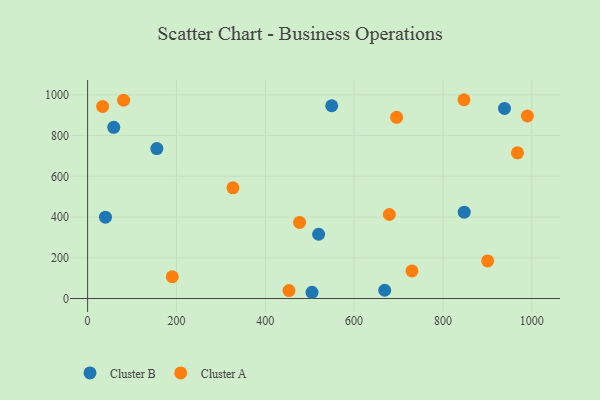
{"axis": {"x": "Study Hours", "y": "Yield"}, "legend": ["Cluster A", "Cluster B"], "data": [{"x": "40.2", "y": 399.6, "type": "Cluster B"}, {"x": "58.9", "y": 840.5, "type": "Cluster B"}, {"x": "505.2", "y": 30.7, "type": "Cluster B"}, {"x": "549.6", "y": 946.5, "type": "Cluster B"}, {"x": "155.9", "y": 736.1, "type": "Cluster B"}, {"x": "520.1", "y": 315.5, "type": "Cluster B"}, {"x": "938.6", "y": 933.4, "type": "Cluster B"}, {"x": "668.9", "y": 40.7, "type": "Cluster B"}, {"x": "847.9", "y": 424.0, "type": "Cluster B"}, {"x": "847.3", "y": 976.0, "type": "Cluster A"}, {"x": "679.4", "y": 412.6, "type": "Cluster A"}, {"x": "81.0", "y": 973.7, "type": "Cluster A"}, {"x": "967.8", "y": 715.2, "type": "Cluster A"}, {"x": "695.7", "y": 889.7, "type": "Cluster A"}, {"x": "190.6", "y": 106.9, "type": "Cluster A"}, {"x": "900.6", "y": 184.5, "type": "Cluster A"}, {"x": "477.2", "y": 373.4, "type": "Cluster A"}, {"x": "730.3", "y": 135.6, "type": "Cluster A"}, {"x": "990.1", "y": 896.2, "type": "Cluster A"}, {"x": "327.2", "y": 543.7, "type": "Cluster A"}, {"x": "33.8", "y": 943.3, "type": "Cluster A"}, {"x": "453.4", "y": 39.1, "type": "Cluster A"}]}